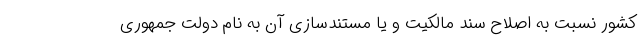
کشور نسبت به اصلاح سند مالکیت و یا مستندسازی آن به نام دولت جمهوری